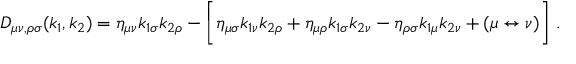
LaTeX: D _ { \mu \nu , \rho \sigma } ( k _ { 1 } , k _ { 2 } ) = \eta _ { \mu \nu } k _ { 1 \sigma } k _ { 2 \rho } - \biggl [ \eta _ { \mu \sigma } k _ { 1 \nu } k _ { 2 \rho } + \eta _ { \mu \rho } k _ { 1 \sigma } k _ { 2 \nu } - \eta _ { \rho \sigma } k _ { 1 \mu } k _ { 2 \nu } + ( \mu \leftrightarrow \nu ) \biggr ] \ .